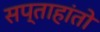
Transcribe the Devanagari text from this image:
सप्ताहांतो